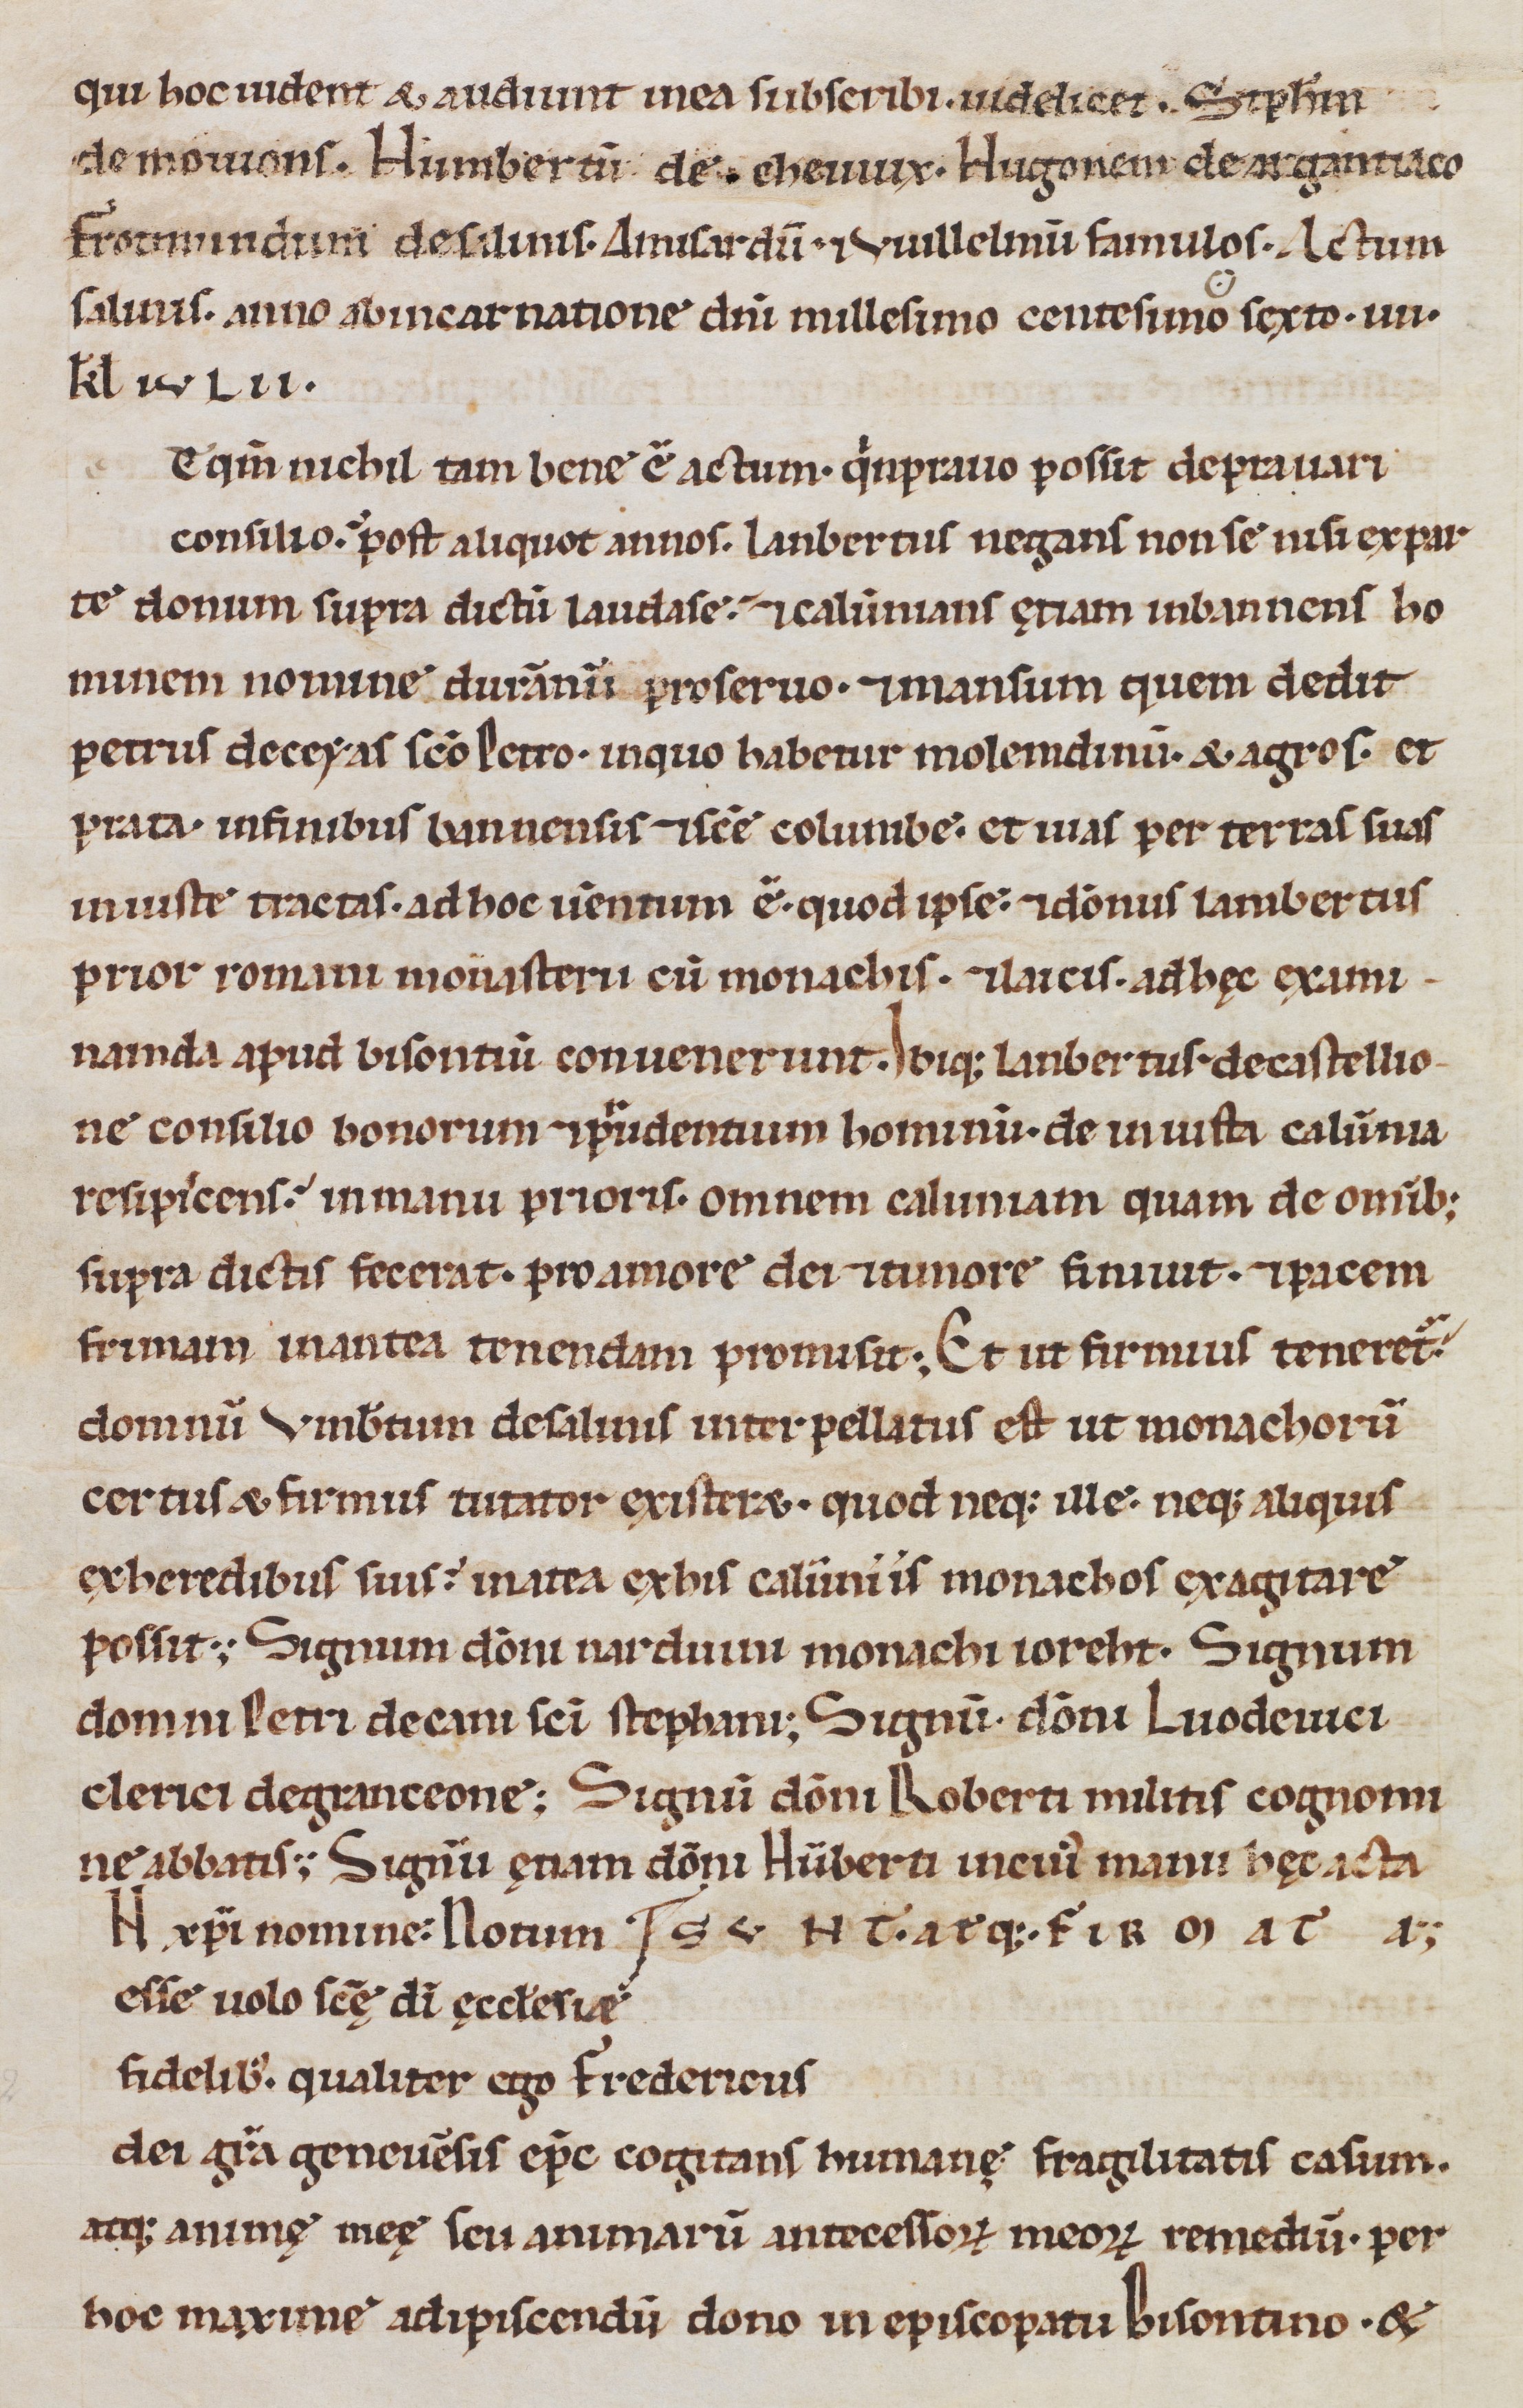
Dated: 1100–1315